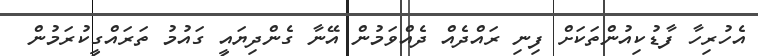
އެހުރިހާ ފާޑުކިއުންތަކަށް ފިނި ރައްދެއް ދެއްވަމުން އޭނާ ގެންދިޔައީ ގައުމު ތަރައްގީކުރަމުން